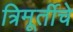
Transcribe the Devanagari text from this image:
त्रिमूर्तीचे